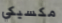
مكسيكي